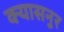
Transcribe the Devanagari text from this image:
क्यासनुर